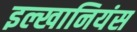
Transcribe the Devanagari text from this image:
इल्खानियंस